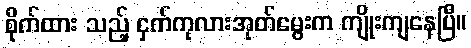
စိုက်ထား သည့် ငှက်ကုလားအုတ်မွေးက ကျိုးကျနေပြီ။